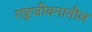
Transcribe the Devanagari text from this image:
राष्ट्रजीवनातील